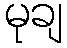
မုချ